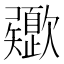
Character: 𣤻